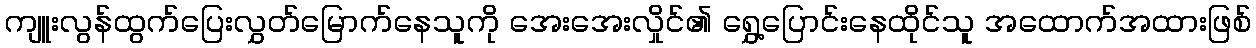
ကျူးလွန်ထွက်ပြေးလွှတ်မြောက်နေသူကို အေးအေးလှိုင်၏ ရွှေ့ပြောင်းနေထိုင်သူ အထောက်အထားဖြစ်